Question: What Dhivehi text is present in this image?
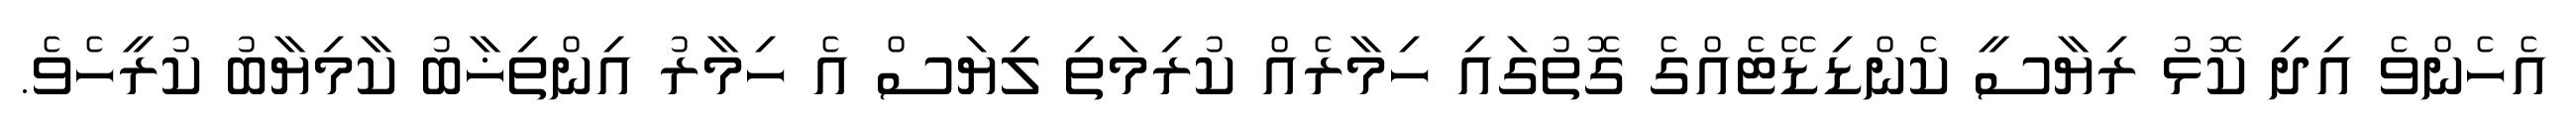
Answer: އެހެންވެ އިދި ކޮޅު ރިޔާސީ ކެންޑިޑޭޓެއްގެ ގޮތުގައި ހިމާރެއް ކުރިމަތި ލިޔަސް އެ ހިމާރު އިންތިޚާބު ކާމިޔާބު ކުރީހެވެ.